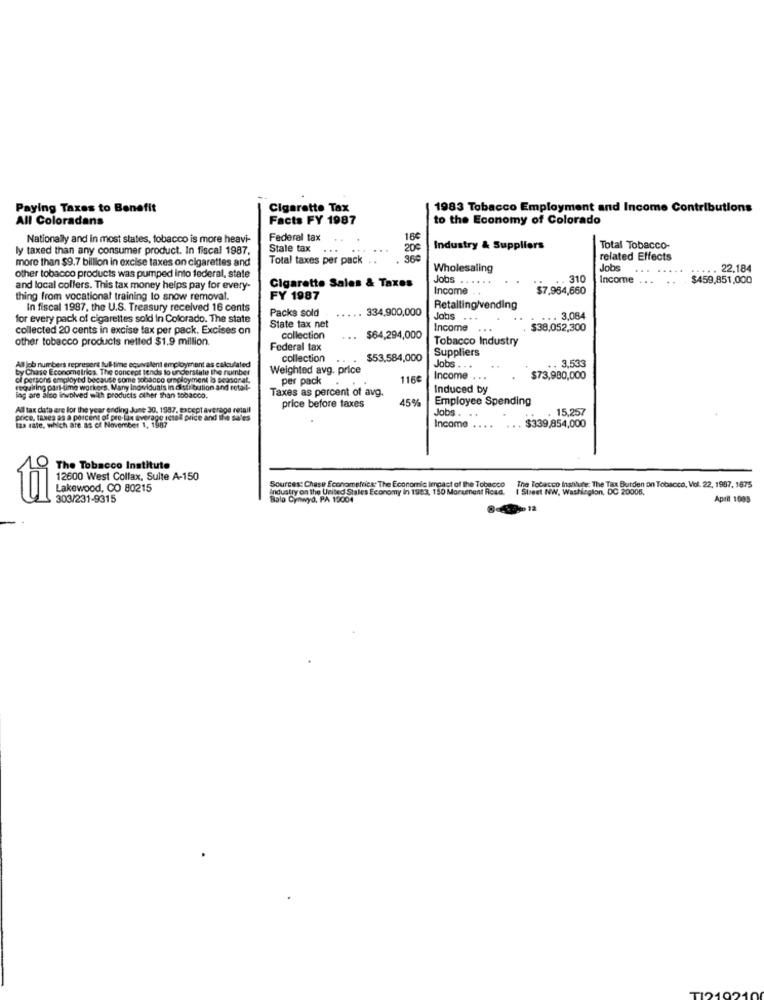
Paying Taxes to Benefit
Cigarette Tax
1983 Tobacco Employment and Income Contributions
All Coloradans
Facts FY 1987
to the Economy of Colorado
Nationally and in most states, tobacco is more heavi-
Federal tax
16€
ly taxed than any consumer product. In fiscal 1987.
State tax . ..
20€
Industry & Suppliers
Total Tobacco-
more than $9.7 billion in excise taxes on cigarettes and
Total taxes per pack . .
related Effects
Wholesaling
Jobs
... ..
..... 22.184
other tobacco products was pumped Into federal, state
Jobs ..
. ..
. 310
Income . . .
$459,851,000
and local collers. This tax money helps pay for every-
Cigarette Sales & Taxes
Income
$7.964,660
thing from vocational training to snow removal.
FY 1987
In fiscal 1987, the U.S. Treasury received 16 cents
Packs sold
... 334,900,000
Retalling/vending
for every pack of cigarettes sold in Colorado. The state
Jobs ...
. .. 3,084
collected 20 cents in excise tax per pack. Excises on
State tax net
Income
$38,052,300
other tobacco products netted $1.9 million.
collection
...
$64,294,000
Tobacco Industry
Federal tax
Suppliers
collection
$53,584,000
. . 3,533
by Chase Econometrics. The concept tends to undlerstale the number
All job numbers represers full-time equivalent employment as calculated
Weighted avg. price
Jobs
ci persons employed because some tobacco employment lo seansorat.
per pack
116€
Income . . .
$73,980,000
requiring part time workers. Many Individuals in distribution and retail-
Taxes as percent of avg.
Induced by
lng are also involved with products other than tobacco.
45%
Employee Spending
All tax data are for the year ending June 30. 1987, except average retail
price before taxes
Jobs. ..
15,257
price, taxes as a percent of pre-lax average ictall price and the sales
$339,854,000
las rate, which are as of November 1, 1987
Income . ..
The Tobacco Institute
12600 West Collax, Suite A-150
Sources: Chase Econometrics The Economic Impact of the Tobacco
The Tobacco Institute: The Tax Burden on Tobacco, Vol. 22, 1987, 1875
Lakewood, CO 80215
Industry on the United States Economy in 1983. 150 Monument Road. I Street NW, Washington, DC 20005,
I Street NW, Washington, DC 20005,
303/231-9315
Bala Cynwyd, PA 19004
April 1008